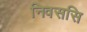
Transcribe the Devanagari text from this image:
निवससि